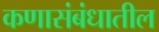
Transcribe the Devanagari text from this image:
कणासंबंधातील